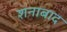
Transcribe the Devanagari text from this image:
शनाबाद